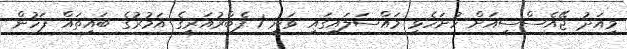
މިއަދު ޖޭއެސްސީއަށް ހުށަހެޅި މައްސަލައިގައި ވަނީ 1 ފެބްރުއަރީގެ އަމުރުގެ ބައިތައް ފަހުން